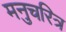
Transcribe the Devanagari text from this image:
मनुचरित्र